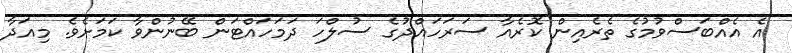
އެ އެއްބަސްވުމުގެ ތެރެއިން ކޮރެއާ ސަރަހައްދުގެ ސުލްހަ ދަމަހައްޓަން ބޭނުންވާ ކަމަށެވެ. މިއަދާ